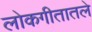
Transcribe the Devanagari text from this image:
लोकगीतातले